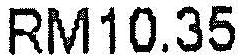
RM10.35